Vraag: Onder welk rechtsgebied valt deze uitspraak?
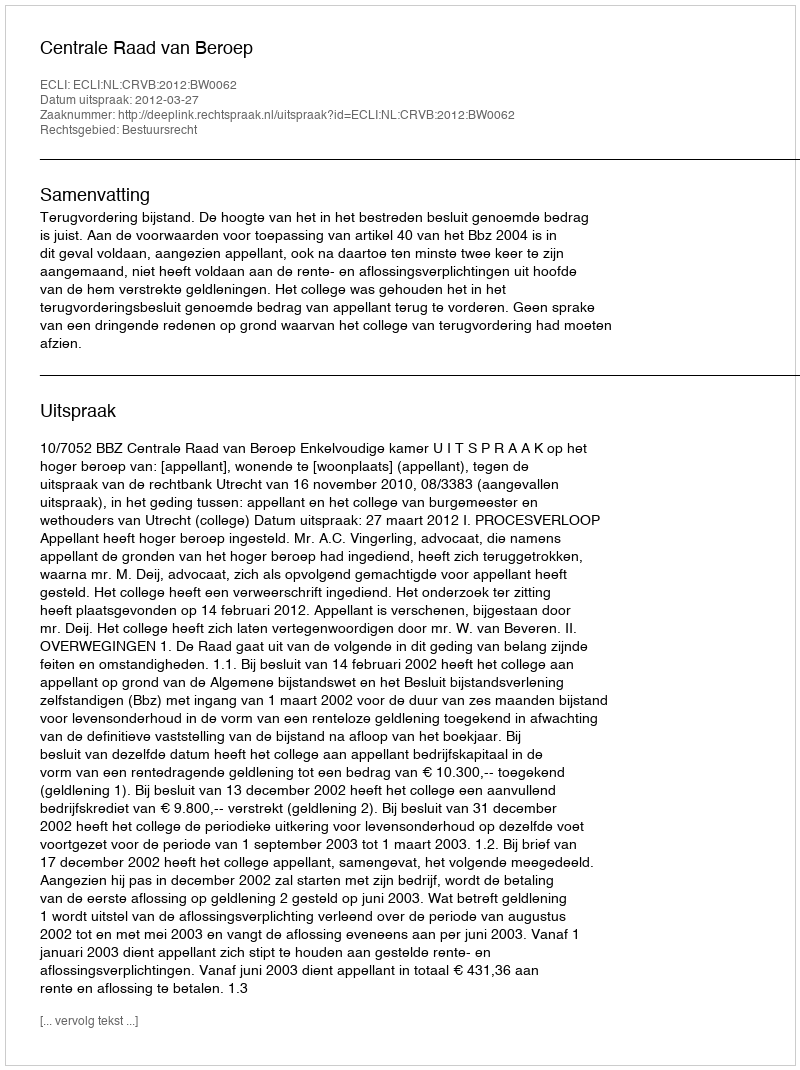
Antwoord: Bestuursrecht